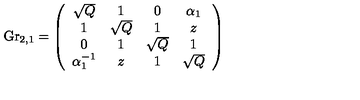
\mathrm { G r } _ { 2 , 1 } = \left( \begin{array} { c c c c c } { \sqrt { Q } } & { 1 } & { 0 } & { \alpha _ { 1 } } \\ { 1 } & { \sqrt { Q } } & { 1 } & { z } \\ { 0 } & { 1 } & { \sqrt { Q } } & { 1 } \\ { \alpha _ { 1 } ^ { - 1 } } & { z } & { 1 } & { \sqrt { Q } } \\ \end{array} \right)